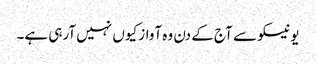
یونیسکو سے آج کے دن وہ آواز کیوں نہیں آرہی ہے۔